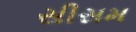
સીસમ